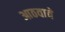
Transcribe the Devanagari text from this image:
आठवावे